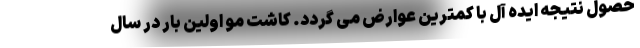
حصول نتیجه ایده آل با کمترین عوارض می گردد. کاشت مو اولین بار در سال